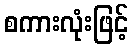
စကားလုံးဖြင့်